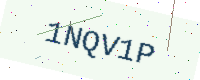
Text: 1NQV1P